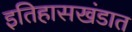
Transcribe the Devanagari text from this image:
इतिहासखंडात